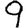
Digit: 9